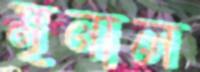
মৃনাল